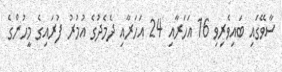
ސާވޭގައި ބައިވެރިވި 16 އަހަރާއި 24 އަހަރާއި ދެމެދުގެ އުމުރު ފުރައިގެ މީހުންގެ